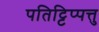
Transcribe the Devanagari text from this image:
पतिट्टिप्पत्तु